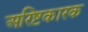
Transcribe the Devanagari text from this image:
अरिष्टकारक